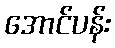
အောင်ပန်း